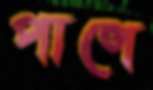
পাণে